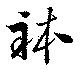
躰